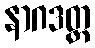
နာဂဒတ္တ